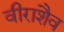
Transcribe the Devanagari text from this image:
वीराशैव